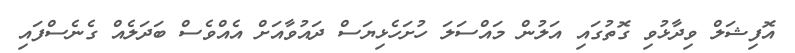
އޮފިޝަލް ވިދާޅުވި ގޮތުގައި އަލުން މައްސަލަ ހުށަހެޅިޔަސް ދައުވާއަށް އެއްވެސް ބަދަލެއް ގެނެސްފައި